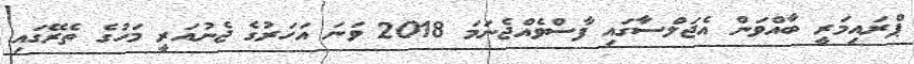
ޕްރައިމަރީ ބާއްވަން އެޖަލްސާގައި ފާސްވެއްޖެނަމަ 2018 ވަނަ އަހަރުގެ ޖެނުއަރީ މަހުގެ ތެރޭގައި